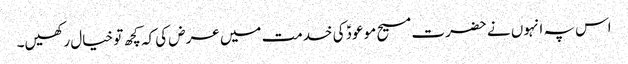
اس پہ انہوں نے حضرت مسیح موعودؑ کی خدمت میں عرض کی کہ کچھ تو خیال رکھیں۔